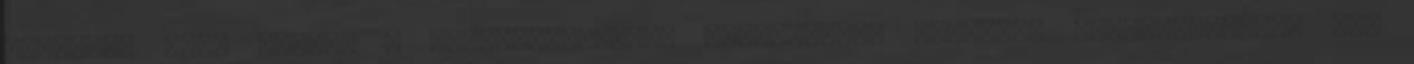
működik, ár,. Nidora – felülvizsgálat, összetevők, hatások, mellékhatások, ár,